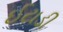
ઈટાડી